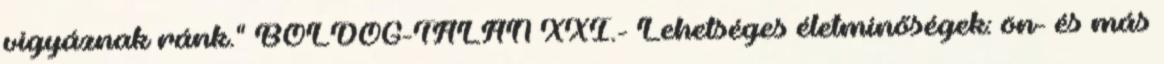
vigyáznak ránk." BOLDOG-TALAN XXI.- Lehetséges életminőségek: ön- és más